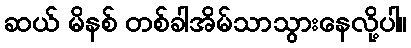
ဆယ် မိနစ် တစ်ခါအိမ်သာသွားနေလို့ပါ။